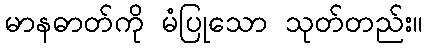
မာနဓာတ်ကို မံပြုသော သုတ်တည်း။